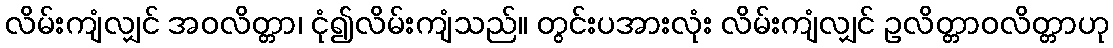
လိမ်းကျံလျှင် အဝလိတ္တာ၊ ငုံ၍လိမ်းကျံသည်။ တွင်းပအားလုံး လိမ်းကျံလျှင် ဥလိတ္တာဝလိတ္တာဟု